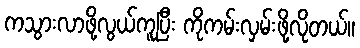
ကသွားလာဖို့လွယ်ကူပြီး ကိုကမ်းလှမ်းဖို့လိုတယ်။